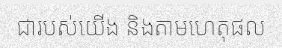
ជារបស់យើង និងតាមហេតុផល